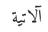
آلاتية